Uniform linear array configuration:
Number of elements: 8
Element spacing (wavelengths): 0.25
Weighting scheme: blackman
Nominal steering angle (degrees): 30
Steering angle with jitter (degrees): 29.286
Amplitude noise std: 0.05
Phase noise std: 0.05

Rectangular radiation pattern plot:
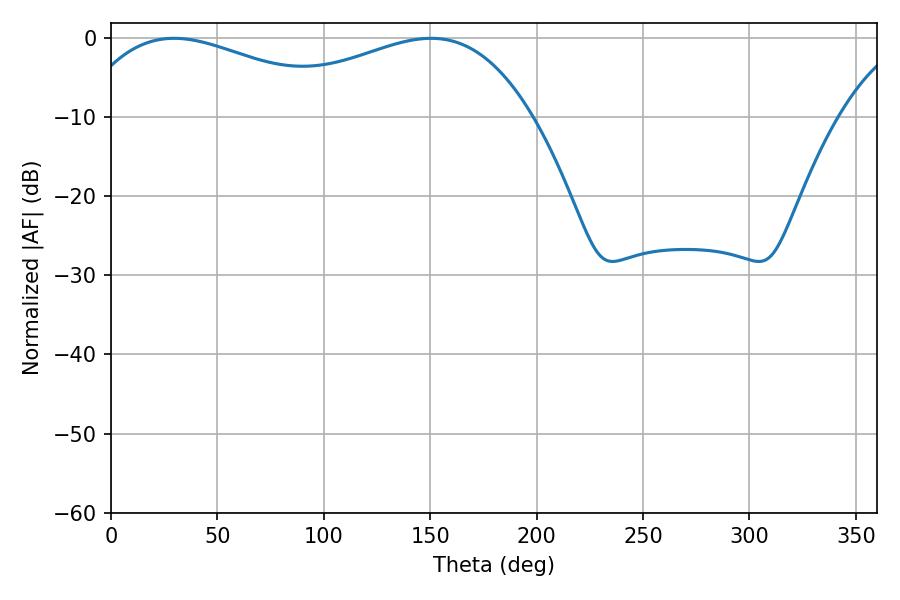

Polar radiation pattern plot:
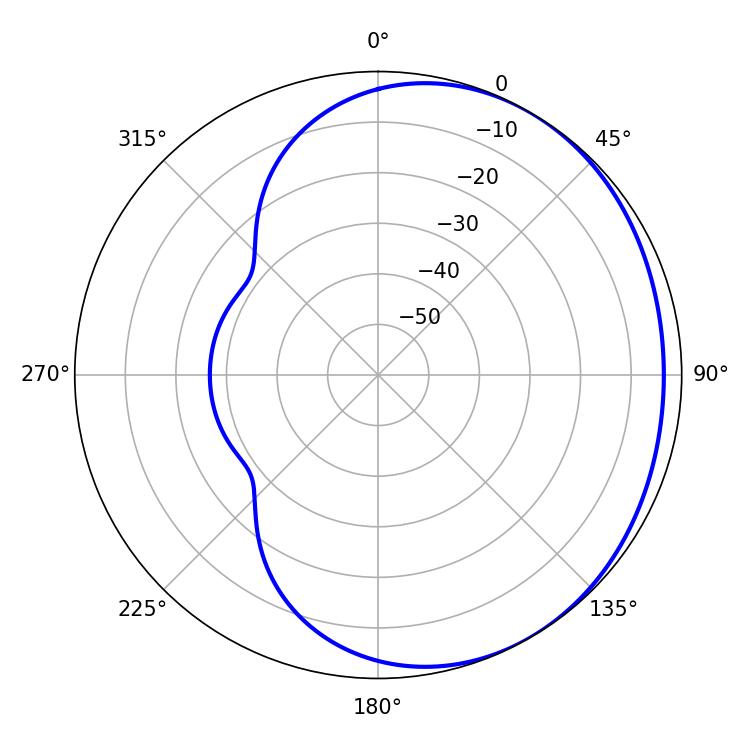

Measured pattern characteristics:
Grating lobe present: FALSE
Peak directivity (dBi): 1.783
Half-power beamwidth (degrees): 72
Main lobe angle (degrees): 29.7